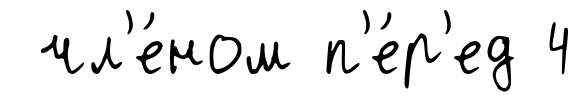
чл'е́ном п'е́р'ед 4